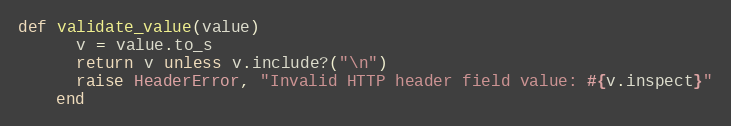
Language: Ruby
def validate_value(value)
      v = value.to_s
      return v unless v.include?("\n")
      raise HeaderError, "Invalid HTTP header field value: #{v.inspect}"
    end